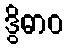
ဒွိဓာဝ